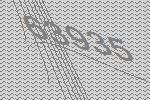
63935